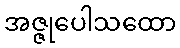
အဇ္ဇုပေါသထော